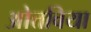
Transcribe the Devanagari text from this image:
ओत्तविया